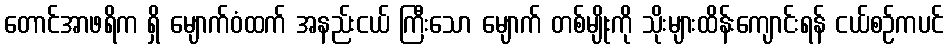
တောင်အာဖရိက ရှိ မျောက်ဝံထက် အနည်းငယ် ကြီးသော မျောက် တစ်မျိုးကို သိုးများထိန်းကျောင်းရန် ငယ်စဉ်ကပင်